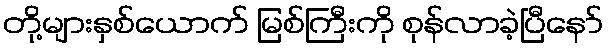
တို့များနှစ်ယောက် မြစ်ကြီးကို စုန်လာခဲ့ပြီနော်